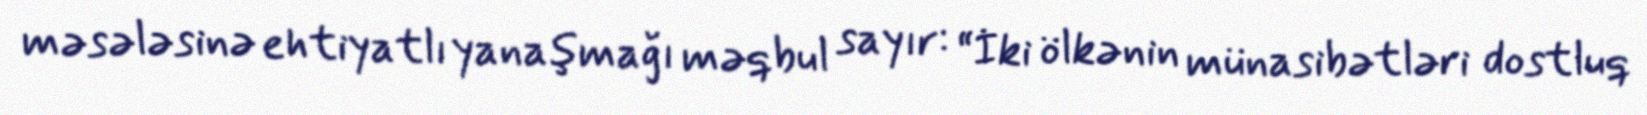
məsələsinə ehtiyatlı yanaşmağı məqbul sayır: “İki ölkənin münasibətləri dostluq